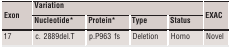
| <ROWSPAN=2> Exon | <COLSPAN=4> Variation | <ROWSPAN=2> EXAC |
 | Nucleotide* | Protein* | Type | Status |
 | --- | --- | --- | --- | --- | --- |
 | 17 | c. 2889del.T | p.P963 fs | Deletion | Homo | Novel |